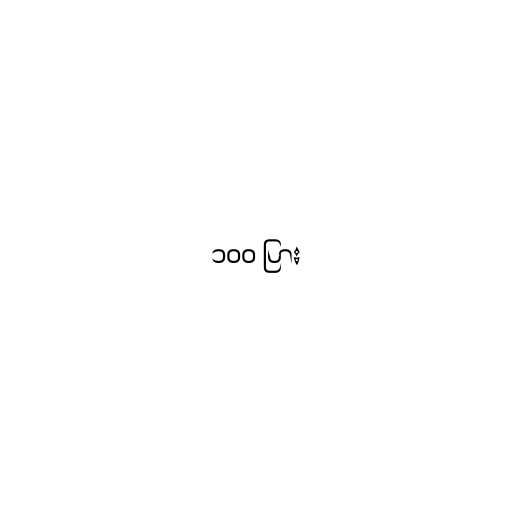
၁၀၀ ပြား